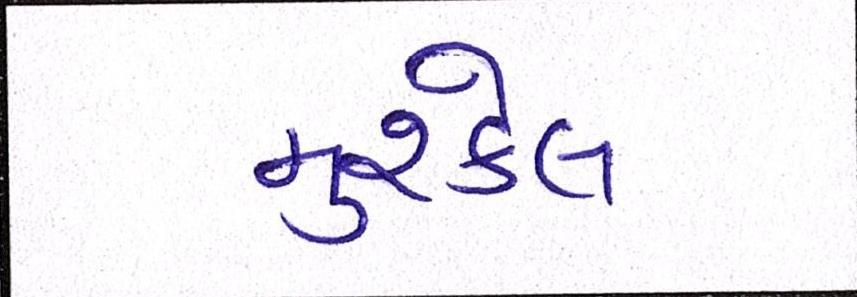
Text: મુશ્કેલ